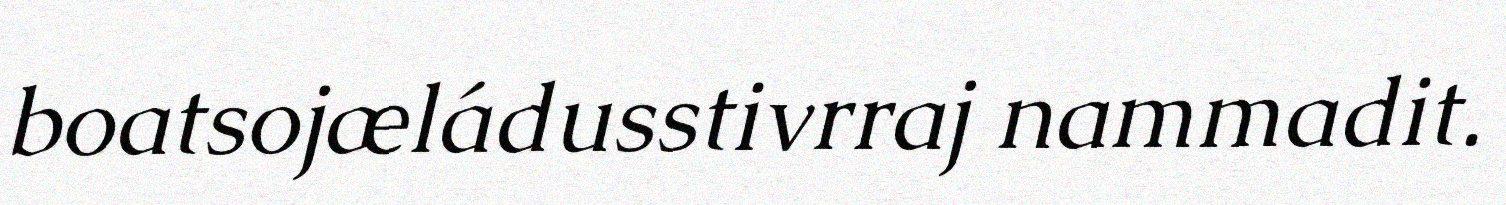
boatsojæládusstivrraj nammadit.